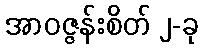
အာဝဇ္ဇန်းစိတ် ၂-ခု